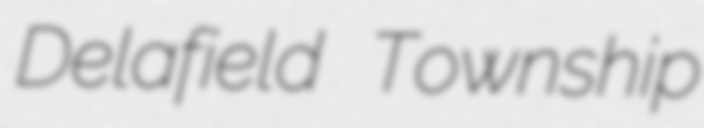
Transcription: Delafield Township